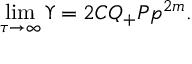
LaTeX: \operatorname * { l i m } _ { \tau \rightarrow \infty } \Upsilon = 2 C Q _ { + } P { p } ^ { 2 m } .